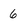
Character: 6